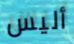
أليس